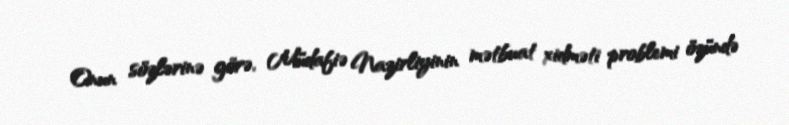
Onun sözlərinə görə, Müdafiə Nazirliyinin mətbuat xidməti problemi özündə